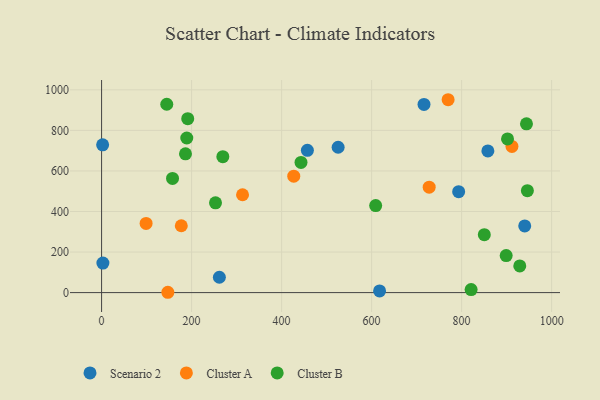
{"axis": {"x": "Experience", "y": "Demand"}, "legend": ["Cluster A", "Cluster B", "Scenario 2"], "data": [{"x": "617.7", "y": 8.2, "type": "Scenario 2"}, {"x": "940.2", "y": 328.7, "type": "Scenario 2"}, {"x": "2.9", "y": 145.4, "type": "Scenario 2"}, {"x": "525.6", "y": 716.8, "type": "Scenario 2"}, {"x": "2.3", "y": 728.8, "type": "Scenario 2"}, {"x": "261.7", "y": 75.7, "type": "Scenario 2"}, {"x": "457.3", "y": 701.8, "type": "Scenario 2"}, {"x": "716.4", "y": 928.1, "type": "Scenario 2"}, {"x": "858.3", "y": 698.6, "type": "Scenario 2"}, {"x": "793.4", "y": 497.5, "type": "Scenario 2"}, {"x": "98.9", "y": 341.1, "type": "Cluster A"}, {"x": "427.0", "y": 574.0, "type": "Cluster A"}, {"x": "147.2", "y": 1.6, "type": "Cluster A"}, {"x": "727.9", "y": 519.7, "type": "Cluster A"}, {"x": "177.1", "y": 329.7, "type": "Cluster A"}, {"x": "911.8", "y": 720.7, "type": "Cluster A"}, {"x": "770.0", "y": 951.2, "type": "Cluster A"}, {"x": "313.2", "y": 482.5, "type": "Cluster A"}, {"x": "443.1", "y": 642.2, "type": "Cluster B"}, {"x": "944.1", "y": 832.3, "type": "Cluster B"}, {"x": "850.4", "y": 285.7, "type": "Cluster B"}, {"x": "144.8", "y": 928.8, "type": "Cluster B"}, {"x": "946.1", "y": 502.9, "type": "Cluster B"}, {"x": "157.6", "y": 563.3, "type": "Cluster B"}, {"x": "253.1", "y": 442.8, "type": "Cluster B"}, {"x": "609.0", "y": 429.2, "type": "Cluster B"}, {"x": "899.0", "y": 182.4, "type": "Cluster B"}, {"x": "902.0", "y": 757.9, "type": "Cluster B"}, {"x": "821.1", "y": 14.8, "type": "Cluster B"}, {"x": "186.4", "y": 684.2, "type": "Cluster B"}, {"x": "191.4", "y": 857.8, "type": "Cluster B"}, {"x": "189.3", "y": 762.5, "type": "Cluster B"}, {"x": "929.2", "y": 131.7, "type": "Cluster B"}, {"x": "269.4", "y": 670.3, "type": "Cluster B"}]}